Board of Education Examinations in Art and in Science and Technology, and Examinations of the City and Guilds of London Institute, 1917, 1917
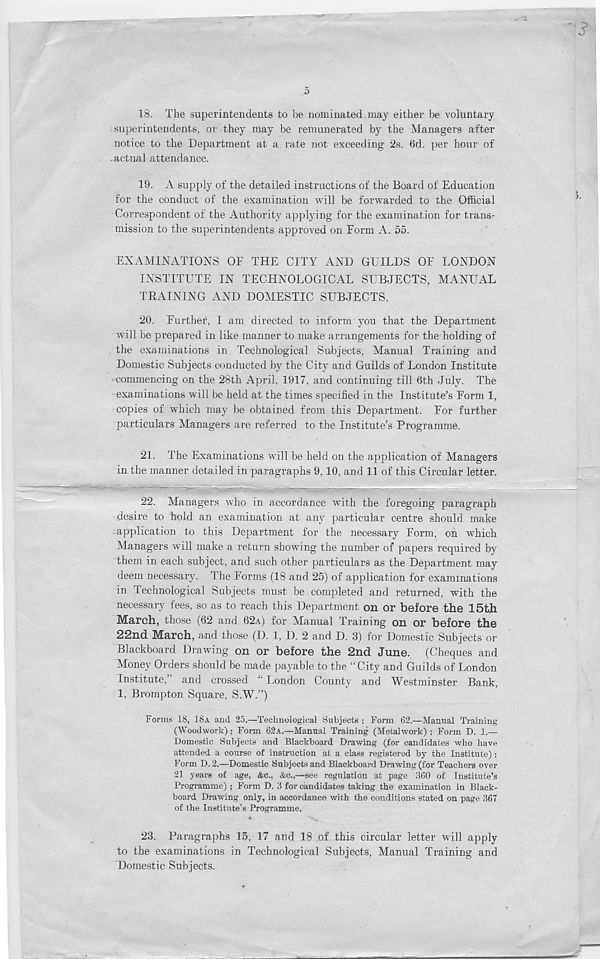
... --n
’
5
18. The superintendents to be nominated. may either be voluntary
superintendents, or they may be remunerated by the Managers after
notice to the Department at a rate not exceeding 2s. 6d. per hour of
actual attendance.
19. A supply of the detailed instructions of the Board of Education
for the conduct of the examination will be forwarded to the Official
Correspondent of the Authority applying for the examination for trans-
mission to the superintendents approved on Form A. 55.
EXAMINATIONS OF THE CITY AND GUILDS OF LONDON
INSTITUTE IN TECHNOLOGICAL SUBJECTS, MANUAL
TRAINING AND DOMESTIC SUBJECTS.
20. Further, I am directed to inform you that the Department
will be prepared in like manner to make arrangements for the holding of
the examinations in Technological Subjects, Manual Training and
Domestic Subjects conducted by the City and Guilds of London Institute
commencing on the 28th April, 1917, and continuing till 6th July. The
examinations will be held at the times specified in the Institute’s Form 1,
copies of which may be obtained from this Department. For further
particulars Managers are referred to the Institute’s Programme.
21. The Examinations will be held on the application of Managers
in the manner detailed in paragraphs 9, 10, and 11 of this Circular letter.
22. Managers who in accordance with the foregoing paragraph
desire to hold an examination at any particular centre should make
application to this Department for the necessary Form, on which
Managers will make a return showing the number of papers required by
them in each subject, and such other particulars as the Department may
deem necessary. The Forms (18 and 25) of application for examinations
in Technological Subjects must be completed and returned, with the
necessary fees, so as to reach this Department on or before the 15th
March, those (62 and 62A) for Manual Training on or before the
22nd March, and those (D. 1, D. 2 and D. 3) for Domestic Subjects or
Blackboard Drawing on or before the 2nd June. (Cheques and
Money Orders should be made payable to the “City and Guilds of London
Institute, and crossed “ London County and Westminster Bank,
1, Brompton Square, S.W.”)
Forms 18, 18A and 25.—Technological Subjects ; Form 62.—Manual Training
(Woodwork); Form 62A.—Manual Training (Metalwork) ; Form D. 1.—
Domestic Subjects and Blackboard Drawing (for candidates who have
attended a course of instruction at a class registered by the Institute) ;
Form D.2.—Domestic Subjects and Blackboard Drawing (for Teachers over
21 years of age, &c., &c.,—see regulation at page 360 of Institute’s
Programme) ; Form D. 3 for candidates taking the examination in Black-
board Drawing only, in accordance with the conditions stated on page 367
of the Institute’s Programme.
23. Paragraphs 15, 17 and 18 of this circular letter will apply
to the examinations in Technological Subjects, Manual Training and
Domestic Subjects.